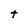
Character: t